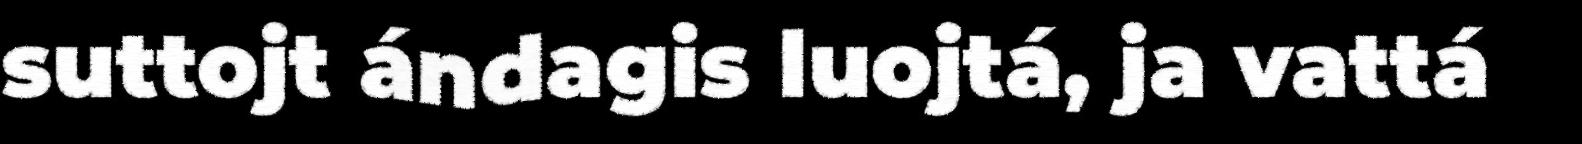
suttojt ándagis luojtá, ja vattá